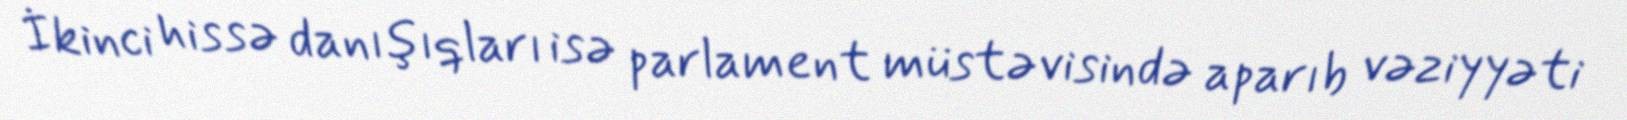
İkinci hissə danışıqları isə parlament müstəvisində aparıb vəziyyəti